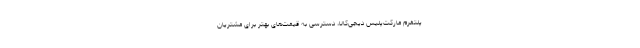
پلتفرم مارکت‌پِلیس دیجی‌کالا، دسترسی به قیمت‌های بهتر برای مشتریان